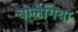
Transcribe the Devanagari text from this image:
बोलेगिया